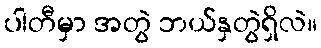
ပါတီမှာ အတွဲ ဘယ်နှတွဲရှိလဲ။